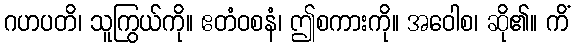
ဂဟပတိ၊ သူကြွယ်ကို။ ဧတံဝစနံ၊ ဤစကားကို။ အဝေါစ၊ ဆို၏။ ကိံ